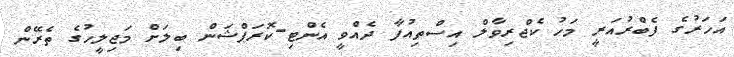
އަހަރުގެ ފެބްރުއަރީ މަހު ކެޖްރިވާލް އިސްތިއުފާ ދެއްވީ އެންޓި-ކޮރަޕްޝަން ބިލަށް މަޖިލީހުގެ ތެރޭން